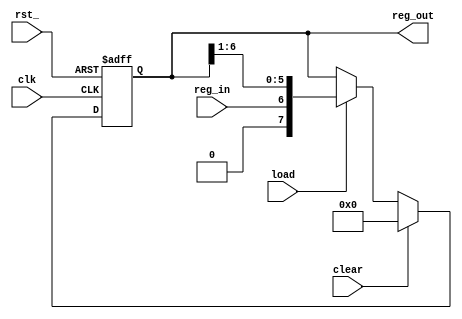
module register_sipo_param #
  (
   parameter reg_width = 8, // register's width
   parameter reset_value = 'b0
   )(
     input 			clk,
     input			rst_,
     input 			reg_in,
     input 			load,
     input 			clear,
     output reg [reg_width-1:0] reg_out
     );
   always @ (posedge clk, negedge rst_)
     if (!rst_)
       reg_out <= reset_value;
     else if (clear)
       reg_out <= reset_value;
     else if(load)
       reg_out <= {reg_in, reg_out[reg_width-2:1]};
endmodule